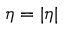
\eta = | \eta |